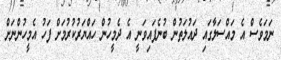
ނަމަވެސް އެ މައްސަލާގައި ދައުލަތުން ބުނެފައިވަނީ އެ ދެމީހުން ހައްޔަރުކުރުމަށް ފަހު އެމީހުންނަށް